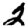
Digit: 2